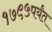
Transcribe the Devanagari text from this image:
१७९५पर्यंत